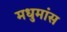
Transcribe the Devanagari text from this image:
मधुमांस